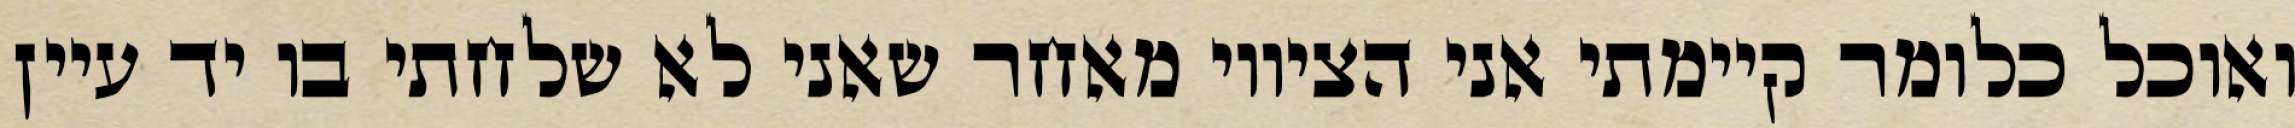
ואוכל כלומר קיימתי אני הציווי מאחר שאני לא שלחתי בו יד עיין